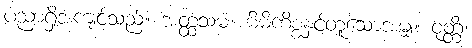
ပညာရှိအကျင့်သည်။ အတ္ထသမံ၊ မိမိကိစ္စနှင့်တူသောအမျှ။ ဝုတ္တိံ၊